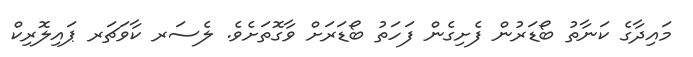
މައިދާގެ ކަނާތު ބޯޑަރުން ފެށިގެން ފަހަތު ބޯޑަރަށް ވާގޮތަށެވެ. ލެސަރ ކާވަޗަރ ޕައިލޮރިކް